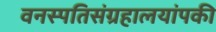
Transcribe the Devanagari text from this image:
वनस्पतिसंग्रहालयांपकी